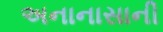
અનાનાસાની